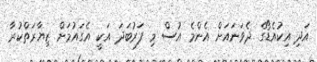
އަދި އިކުއެޑޯގެ ދެވަނައަށް އެންމެ އުސް މި ފަރުބަދަ އަކީ އެގައުމަށް ޒިޔާރަތްކުރާ